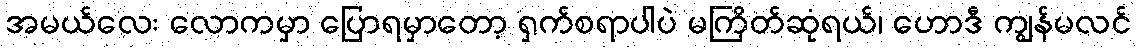
အမယ်လေး လောကမှာ ပြောရမှာတော့ ရှက်စရာပါပဲ မကြိတ်ဆုံရယ်၊ ဟောဒီ ကျွန်မလင်